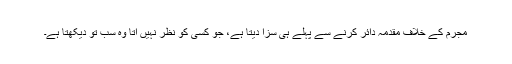
مجرم کے خلاف مقدمہ دائر کرنے سے پہلے ہی سزا دیتا ہے، جو کسی کو نظر نہیں آتا وہ سب تْو دیکھتا ہے۔